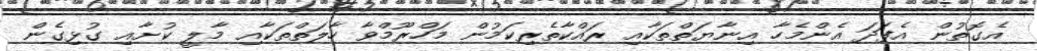
އެގޮތުން އެފަދަ އެންމެހާ އިނާޔަތްތަކާއި ރައްކާތެރިކަމުން މަހްރޫމްވާ ހާލަތްތަކާއި މާލީ ކުށާއި ގުޅިގެން